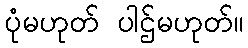
ပုံမဟုတ် ပါဌ်မဟုတ်။